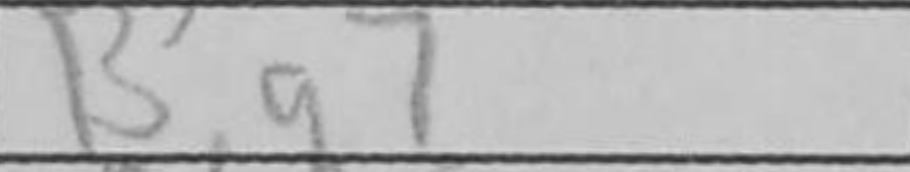
Transcription: Bg7